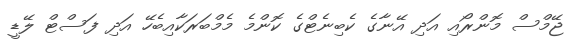
ޖޭމްސް މޮންރޯއި އަދި އޭނާގެ ކެބިނެޓްގެ ކޮންމެ މެމްބަރަކާއިބެހޭ އަދި ފަސްޓް ލޭޑީ